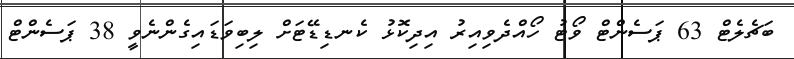
ބަޗެލެޓް 63 ޕަސެންޓް ވޯޓު ހޯއްދެވިއިރު އިދިކޮޅު ކެނޑިޑޭޓަށް ލިބިވަޑައިގެންނެވީ 38 ޕަސެންޓް